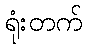
ရုံးတက်